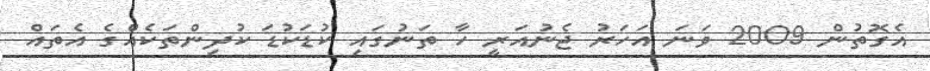
އެގޮތުން 2009 ވަނަ އަހަރު ޖެނުއަރީ ހާ ތަނުގައި ކުޑަކުޑަ ކުދިންތަކެއްގެ އެތައް